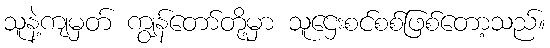
သူနဲ့ကျမှတ် ကျွန်တော်တို့မှာ သူဌေးစင်စစ်ဖြစ်တော့သည်။